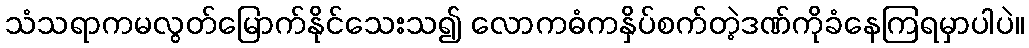
သံသရာကမလွတ်မြောက်နိုင်သေးသ၍ လောကဓံကနှိပ်စက်တဲ့ဒဏ်ကိုခံနေကြရမှာပါပဲ။